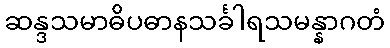
ဆန္ဒသမာဓိပဓာနသင်္ခါရသမန္နာဂတံ